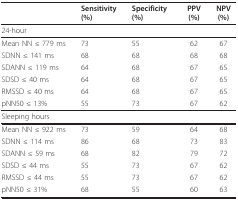
<table><thead><tr><td></td><td><b>Sensitivity(%)</b></td><td><b>Specificity(%)</b></td><td><b>PPV(%)</b></td><td><b>NPV(%)</b></td></tr></thead><tbody><tr><td>24-hour</td><td></td><td></td><td></td><td></td></tr><tr><td>Mean NN ≤ 779 ms</td><td>73</td><td>55</td><td>62</td><td>67</td></tr><tr><td>SDNN ≤ 141 ms</td><td>68</td><td>68</td><td>68</td><td>68</td></tr><tr><td>SDANN ≤ 119 ms</td><td>64</td><td>68</td><td>67</td><td>65</td></tr><tr><td>SDSD ≤ 40 ms</td><td>64</td><td>68</td><td>67</td><td>65</td></tr><tr><td>RMSSD ≤ 40 ms</td><td>64</td><td>68</td><td>67</td><td>65</td></tr><tr><td>pNN50 ≤ 13%</td><td>55</td><td>73</td><td>67</td><td>62</td></tr><tr><td>Sleeping hours</td><td></td><td></td><td></td><td></td></tr><tr><td>Mean NN ≤ 922 ms</td><td>73</td><td>59</td><td>64</td><td>68</td></tr><tr><td>SDNN ≤ 114 ms</td><td>86</td><td>68</td><td>73</td><td>83</td></tr><tr><td>SDANN ≤ 59 ms</td><td>68</td><td>82</td><td>79</td><td>72</td></tr><tr><td>SDSD ≤ 44 ms</td><td>55</td><td>73</td><td>67</td><td>62</td></tr><tr><td>RMSSD ≤ 44 ms</td><td>55</td><td>73</td><td>67</td><td>62</td></tr><tr><td>pNN50 ≤ 31%</td><td>68</td><td>55</td><td>60</td><td>63</td></tr></tbody></table>